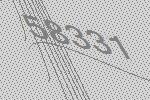
58331